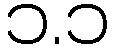
၁.၁